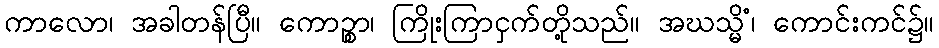
ကာလော၊ အခါတန်ပြီ။ ကောဉ္စာ၊ ကြိုးကြာငှက်တို့သည်။ အဃသ္မိံ၊ ကောင်းကင်၌။